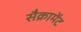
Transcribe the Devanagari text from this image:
सैक्रामेंट